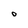
Character: O